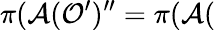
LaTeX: \pi(\mathcal{A}(\mathcal{O}^{\prime})^{\prime\prime}=\pi(\mathcal{A}(